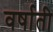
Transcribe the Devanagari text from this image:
वर्षाती